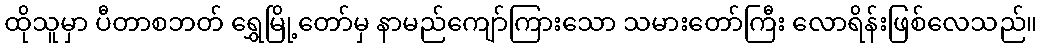
ထိုသူမှာ ပီတာစဘတ် ရွှေမြို့တော်မှ နာမည်ကျော်ကြားသော သမားတော်ကြီး လောရိန်းဖြစ်လေသည်။